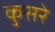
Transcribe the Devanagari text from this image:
कुसरे